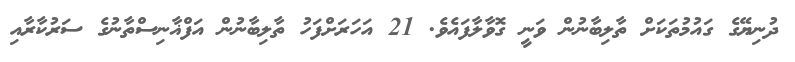
ދުނިޔޭގެ ގައުމުތަކަށް ތާލިބާނުން ވަނީ ގޮވާލާފައެވެ. 21 އަހަރަށްފަހު ތާލިބާނުން އަފްޣާނިސްތާނުގެ ސަރުކާރާއި